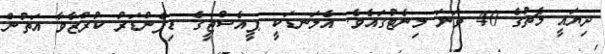
ދިޔައީ މެޗުގެ 40 ވަނަ މިނެޓުގައެވެ. އެލަނޑަކީ ޕީއެސްޖީގެ ޑިފެންޑަރު ކުރްޒާވާ އަތުން